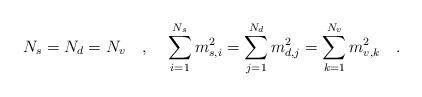
LaTeX: \begin{align*}N_s=N_d=N_v~~~,~~~\sum_{i=1}^{N_s} m_{s,i}^2=\sum_{j=1}^{N_d} m_{d,j}^2=\sum_{k=1}^{N_v} m_{v,k}^2~~~.\end{align*}